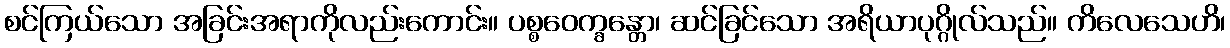
စင်ကြယ်သော အခြင်းအရာကိုလည်းကောင်း။ ပစ္စဝေက္ခန္တော၊ ဆင်ခြင်သော အရိယာပုဂ္ဂိုလ်သည်။ ကိလေသေဟိ၊